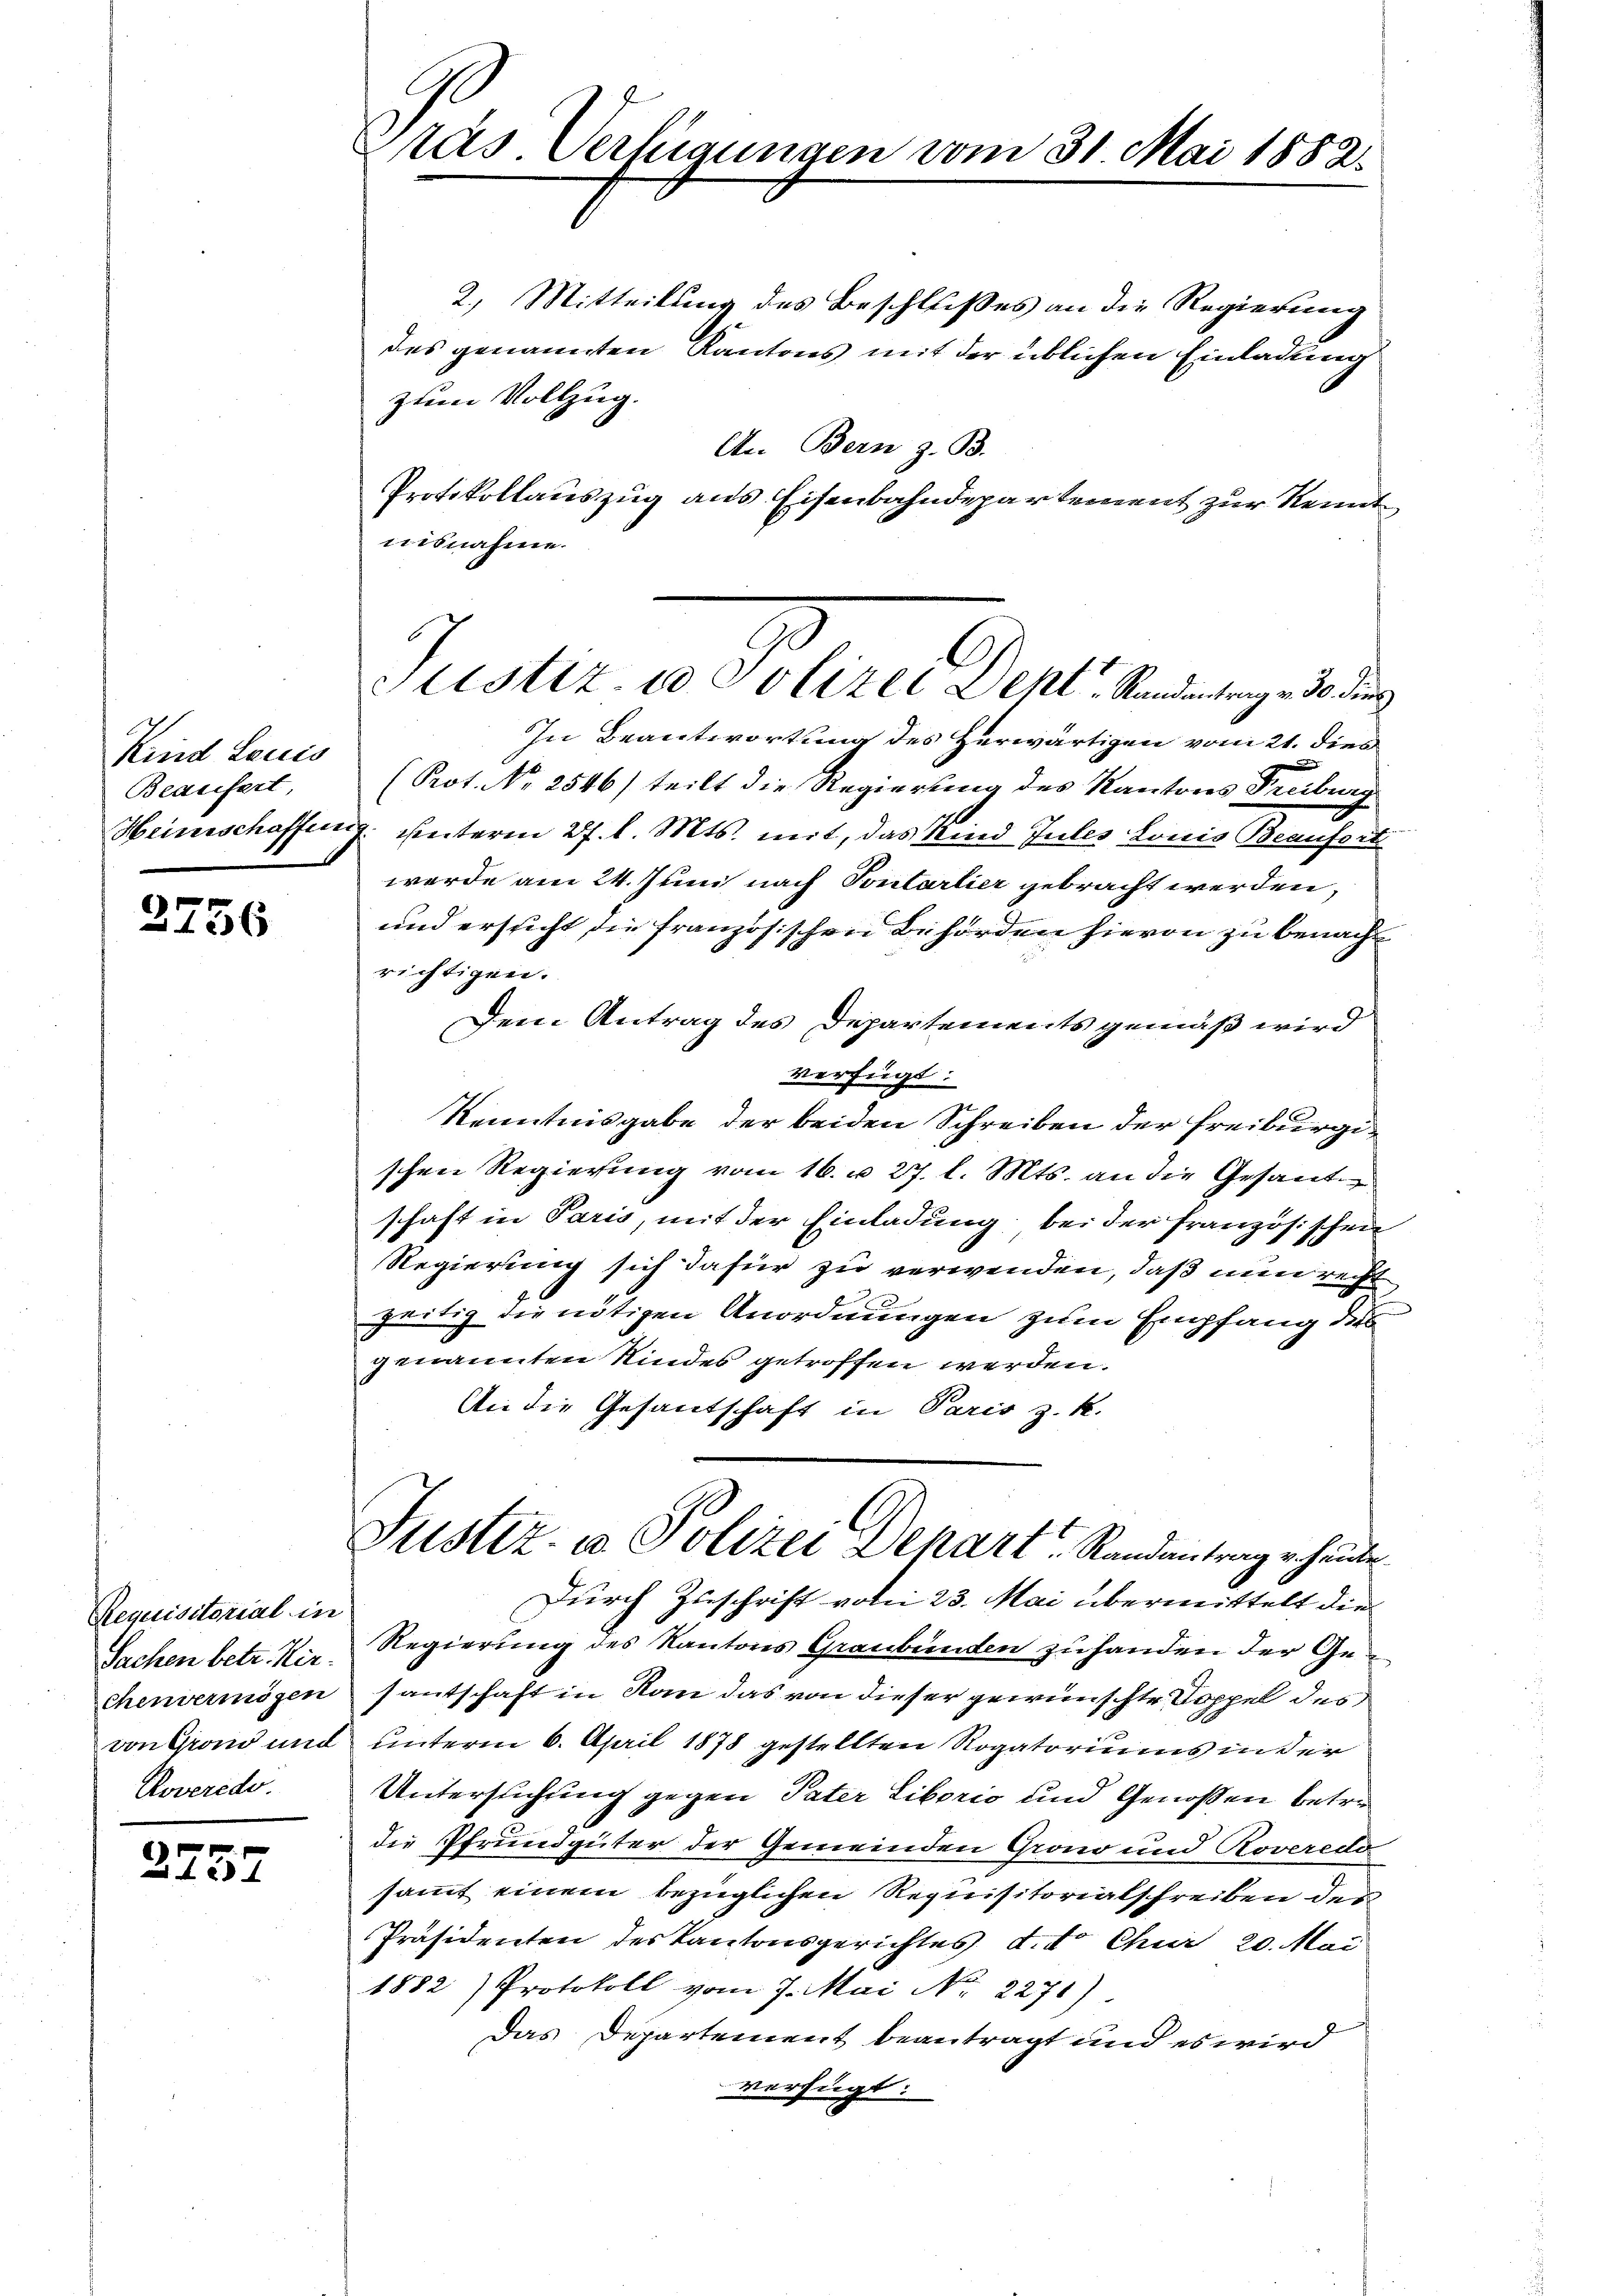
Kind Lauis
Beaufert
Heinschaffen.

2756

Requisitorial in
Sachen betr. Kir
chenvermögen
von Grond und
Roverede.

2757

ras Verfügungen vom 31. Mai 1882.

2.) Mitteilung des Beschlußes an die Regierung
des genannten Kantons mit der üblichen Einladung
zum Vollzug.
An Bern z. B.
Protokollauszug aus Eisenbahndepartement zur Kennt
nisnahme.
In Beantwortung des Herwärtigen vom 21. dies
(Prot. No 2546) teilt die Regierung des Kantons Freiburg
2. Seiteren 2 f. l. Mts. mit, das Kind Gutes Louis Beaufort
werde am 24. Juni nach Sontarlier gebracht werden,
und ersucht die französischen Behörden hievon zu benacht
richtigen.
Dem Antrag des Departements gemäß wird
verfügt:
Kenntnisgabe der beiden Schreiben der Freiburgischen Regierung vom 16. u. 27. l. Mts. an die Gesand
schaft in Paris, mit der Einladung bei der französischen
Regierung sich dafür zu verwenden, daß nun recht
zeitig die nötigen Anordnungen zum Empfang des
genannten Kindes getroffen werden.
An die Gesandschaft in Paris z. R.
Justiz- u Polizei Depart Randantrag erhander
Durch Zuschrift von 23. Mai übermittelt die
Regierung des Kantons Graubünden zu handen der Gesantschaft in Kan das von dieser gewünschte Doppel des
unterm 6. April 1878 gestellten Rogatoriums in der
Untersuchung gegen Pater Liborio und Genoßen betredie Pfrundgüter der Gemeinden Grono und Roveredo
sammt einem bezüglichen Requisitorialschreiben des
Präsidenten des Kantonsgerichtes d.d. Chur 20. Mai
1882) Protokoll vom 7. Mai Nr. 2271)
Das Departement beantragt und es wird
verfügt:

lustiz- u Polizei Deht. Randantrag v. 30. dies